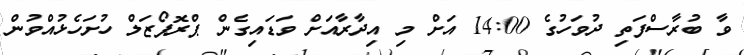
ވާ ބުރާސްފަތި ދުވަހުގެ 14:00 އަށް މި އިދާރާއަށް ވަޑައިގެން ޕްރޮޕޯޒަލް ހުށަހެޅުއްވުން